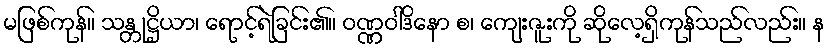
မဖြစ်ကုန်။ သန္တုဋ္ဌိယာ၊ ရောင့်ရဲခြင်း၏။ ဝဏ္ဏဝါဒိနော စ၊ ကျေးဇူးကို ဆိုလေ့ရှိကုန်သည်လည်း။ န